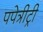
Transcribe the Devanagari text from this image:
पपेत्रीट्री